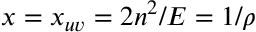
x = x _ { u v } = 2 n ^ { 2 } / E = 1 / \rho